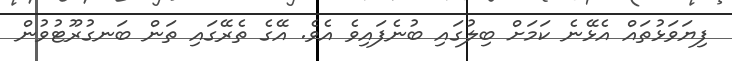
ފިޔަވަޅުތައް އެޅޭނެ ކަމަށް ބިލުގައި ބުނެފައިވެ އެވެ. އޭގެ ތެރޭގައި ތަން ބަނގުރޫޓުވުން